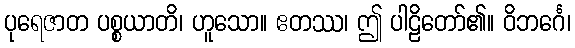
ပုရေဇာတ ပစ္စယာတိ၊ ဟူသော။ ဧတဿ၊ ဤ ပါဠိတော်၏။ ဝိဘင်္ဂေ၊